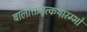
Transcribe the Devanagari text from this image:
बालोक्तमृत्कथारम्भो